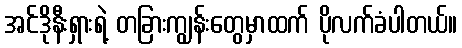
အင်ဒိုနီးရှားရဲ့ တခြားကျွန်းတွေမှာထက် ပိုလက်ခံပါတယ်။